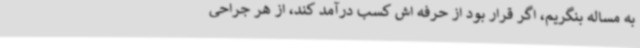
به مساله بنگریم، اگر قرار بود از حرفه اش کسب درآمد کند، از هر جراحی